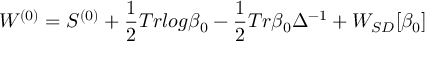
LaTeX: W ^ { ( 0 ) } = S ^ { ( 0 ) } + \frac { 1 } { 2 } T r l o g \beta _ { 0 } - \frac { 1 } { 2 } T r \beta _ { 0 } \Delta ^ { - 1 } + W _ { S D } [ \beta _ { 0 } ]